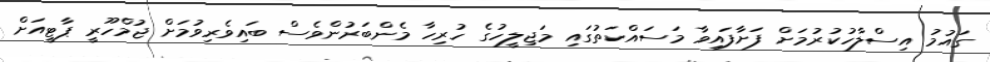
ގައުމު އިސްލާހުކުރުމަށް ފަށާފައިވާ މަސައްކަތުގައި މަޖިލީހުގެ ހުރިހާ މެންބަރުންވެސް ބައިވެރިވުމަށް ޖުމްހޫރީ ޕާޓީއަށް